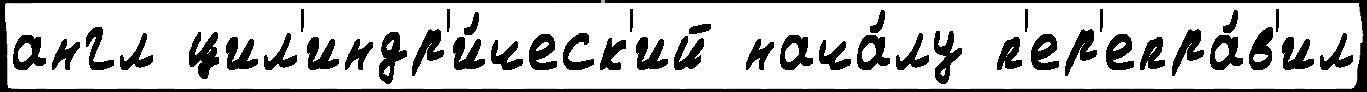
англ цил'индр'и́ческ'ий нача́лу п'ер'епра́в'ил